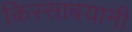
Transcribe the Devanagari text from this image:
किस्साबयानी